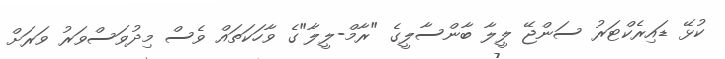
ކުޅޭ ޑައިރެކްޓަރު ސަންޖޭ ލީލާ ބާންސާލީގެ "ރާމް-ލީލާ"ގެ ވާހަކަތައް ވެސް މިދުވަސްވަރު ވަރަށް